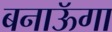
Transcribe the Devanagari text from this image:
बनाऊॅगा